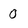
Character: 0